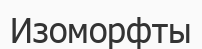
Изоморфты